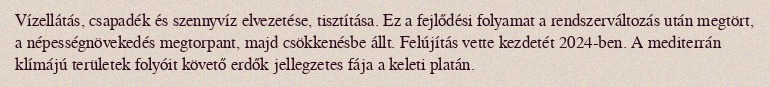
Vízellátás, csapadék és szennyvíz elvezetése, tisztítása. Ez a fejlődési folyamat a rendszerváltozás után megtört, a népességnövekedés megtorpant, majd csökkenésbe állt. Felújítás vette kezdetét 2024-ben. A mediterrán klímájú területek folyóit követő erdők jellegzetes fája a keleti platán.